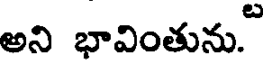
అని భావింతును.